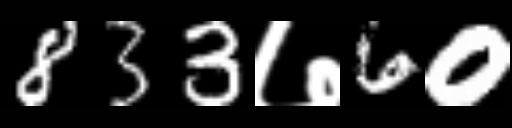
Text: 833७60